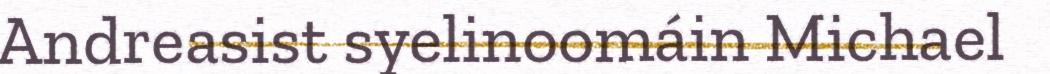
Andreasist syelinoomáin Michael